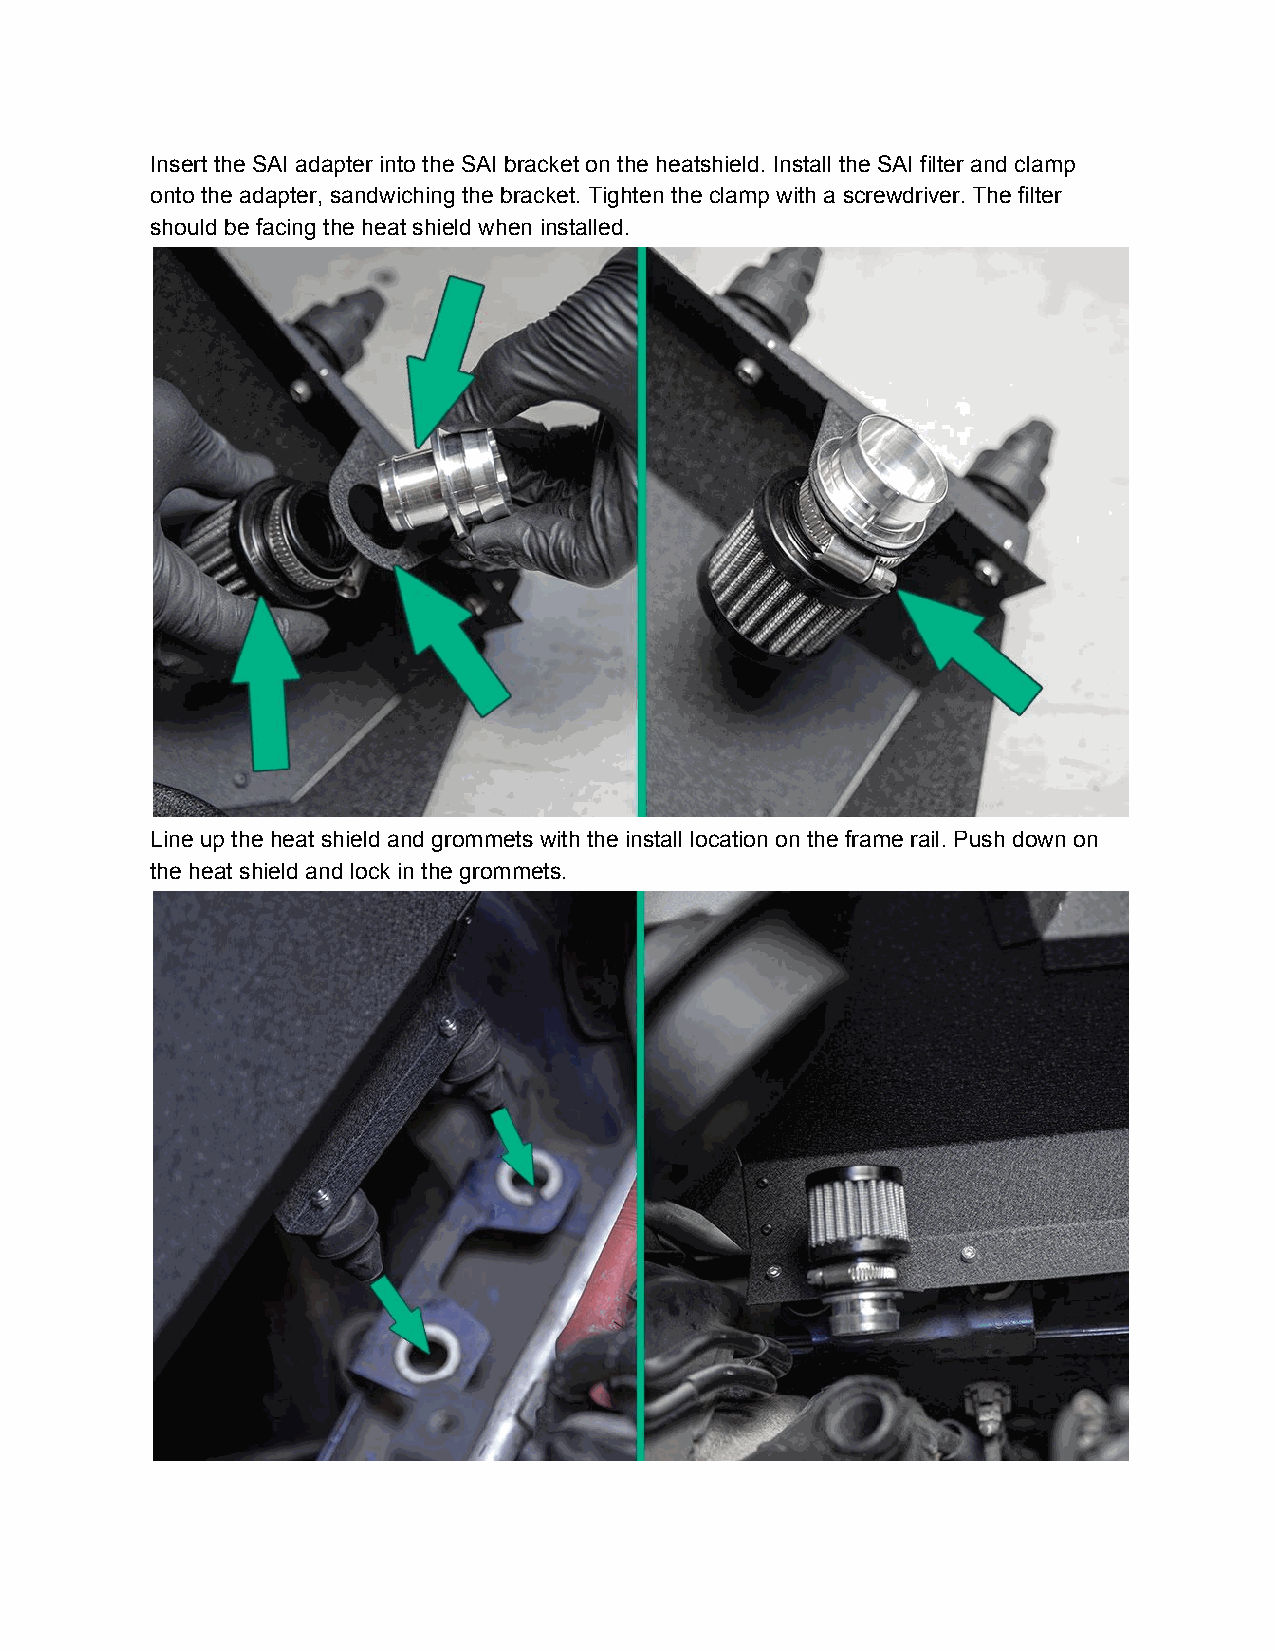
Insert the SAI adapter into the SAI bracket on the heatshield. Install the SAI filter and clamp
 onto the adapter, sandwiching the bracket. Tighten the clamp with a screwdriver. The filter
 should be facing the heat shield when installed.
 Line up the heat shield and grommets with the install location on the frame rail. Push down on
 the heat shield and lock in the grommets.